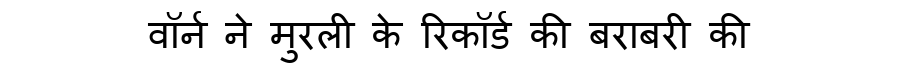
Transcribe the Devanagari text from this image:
वॉर्न ने मुरली के रिकॉर्ड की बराबरी की